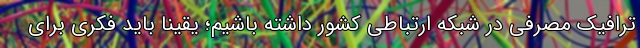
ترافیک مصرفی در شبکه ارتباطی کشور داشته باشیم؛ یقینا باید فکری برای